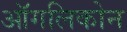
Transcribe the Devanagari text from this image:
ऑगलिकोन